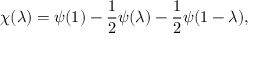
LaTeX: \chi ( \lambda ) = \psi ( 1 ) - { \frac { 1 } { 2 } } \psi ( \lambda ) - { \frac { 1 } { 2 } } \psi ( 1 - \lambda ) ,